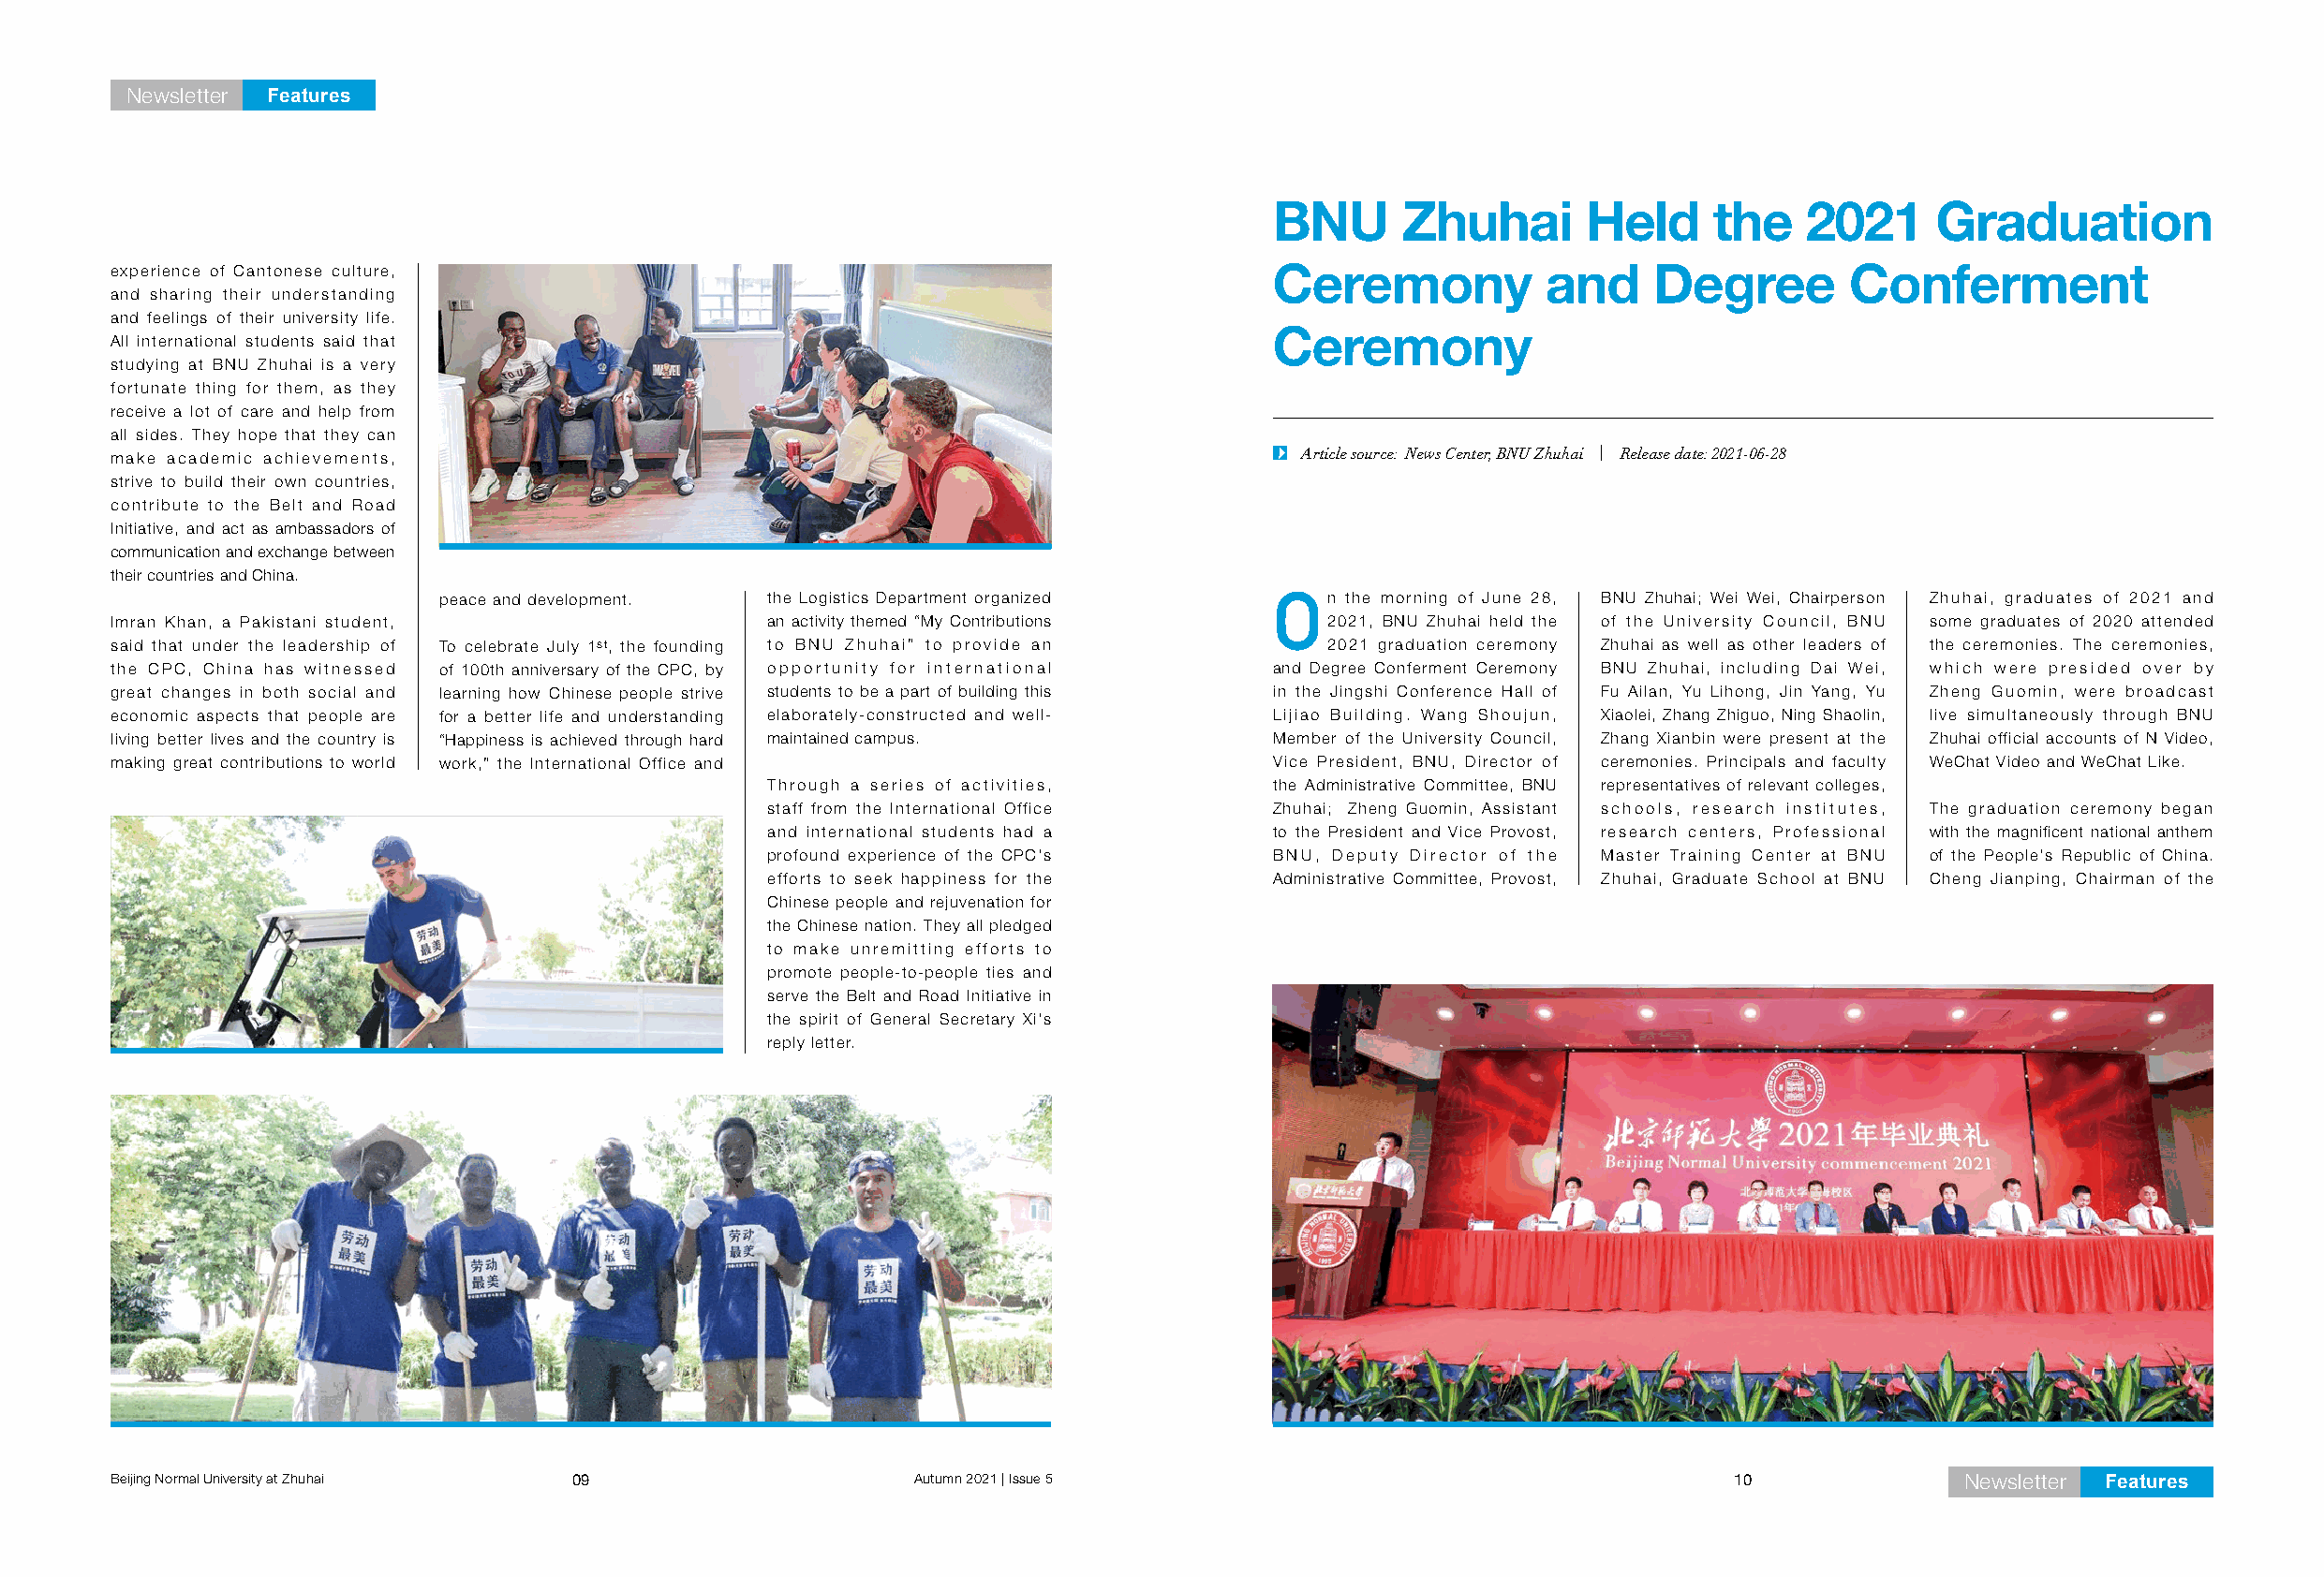
Newsletter Features
 BNU      Zhuhai       Held     the    2021     Graduation
 experience of Cantonese culture,
 Ceremony           and     Degree        Conferment
 and sharing their understanding
 and feelings of their university life.
 All international students said that                                              Ceremony
 studying at BNU Zhuhai is a very
 fortunate thing for them, as they
 receive a lot of care and help from
 all sides. They hope that they can
 make academic achievements,                                                         Article source: News Center, BNU Zhuhai | Release date: 2021-06-28
 strive to build their own countries,
 contribute to the Belt and Road
 Initiative, and act as ambassadors of
 communication and exchange between
 their countries and China.
 peace and development. the Logistics Department organized  On   the morning of June 28, BNU Zhuhai; Wei Wei, Chairperson Zhuhai, graduates of 2021 and
 Imran Khan, a Pakistani student,              an activity themed “My Contributions    2021, BNU Zhuhai held the of the University Council, BNU some graduates of 2020 attended
 said that under the leadership of To celebrate July 1st, the founding to BNU Zhuhai” to provide an 2021 graduation ceremony Zhuhai as well as other leaders of the ceremonies. The ceremonies,
 the CPC, China has witnessed of 100th anniversary of the CPC, by opportunity for international and Degree Conferment Ceremony BNU Zhuhai, including Dai Wei, which were presided over by
 great changes in both social and learning how Chinese people strive students to be a part of building this in the Jingshi Conference Hall of Fu Ailan, Yu Lihong, Jin Yang, Yu Zheng Guomin, were broadcast
 economic aspects that people are for a better life and understanding elaborately-constructed and well- Lijiao Building. Wang Shoujun, Xiaolei, Zhang Zhiguo, Ning Shaolin, live simultaneously through BNU
 living better lives and the country is “Happiness is achieved through hard maintained campus. Member of the University Council, Zhang Xianbin were present at the Zhuhai official accounts of N Video,
 making great contributions to world work,” the International Office and           Vice President, BNU, Director of ceremonies. Principals and faculty WeChat Video and WeChat Like.
 Through a series of activities,     the Administrative Committee, BNU representatives of relevant colleges,
 staff from the International Office Zhuhai; Zheng Guomin, Assistant schools, research institutes, The graduation ceremony began
 and international students had a    to the President and Vice Provost, research centers, Professional with the magnificent national anthem
 profound experience of the CPC's    BNU, Deputy Director of the Master Training Center at BNU of the People's Republic of China.
 efforts to seek happiness for the   Administrative Committee, Provost, Zhuhai, Graduate School at BNU Cheng Jianping, Chairman of the
 Chinese people and rejuvenation for
 the Chinese nation. They all pledged
 to make unremitting efforts to
 promote people-to-people ties and
 serve the Belt and Road Initiative in
 the spirit of General Secretary Xi's
 reply letter.
 Beijing Normal University at Zhuhai 09                   Autumn 2021 | Issue 5                                     10              Newsletter Features